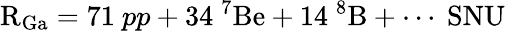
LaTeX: \mathrm{R_{Ga}}=71\ pp+34\ {}^{7}\mathrm{Be}+14\ {}^{8}\mathrm{B}+\cdots\ \mathrm{SNU}